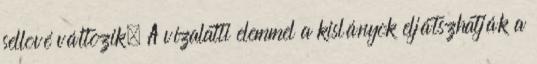
sellové változik. A vízalatti elemmel a kislányok eljátszhatják a